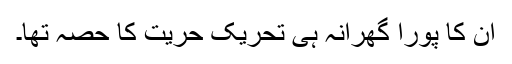
ان کا پورا گھرانہ ہی تحریک حریت کا حصہ تھا۔